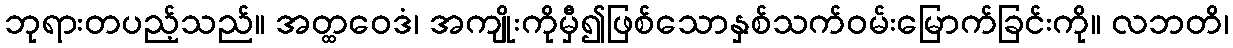
ဘုရားတပည့်သည်။ အတ္ထဝေဒံ၊ အကျိုးကိုမှီ၍ဖြစ်သောနှစ်သက်ဝမ်းမြောက်ခြင်းကို။ လဘတိ၊